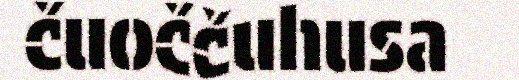
čuoččuhusa